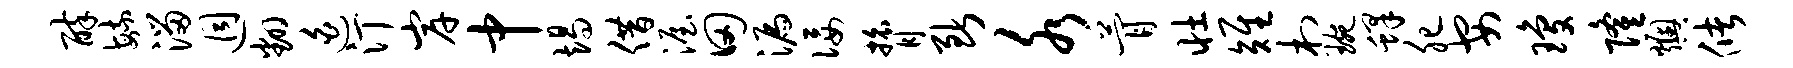
醉毓溜迥翻迫汀岸中竭借渥田漏佞膂断水瞢壮雉村琬蜂肥安琼隆燠储